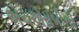
એચએસબીસી